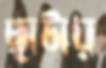
ছাটায়